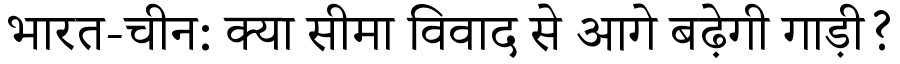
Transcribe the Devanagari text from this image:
भारत-चीन: क्या सीमा विवाद से आगे बढ़ेगी गाड़ी?